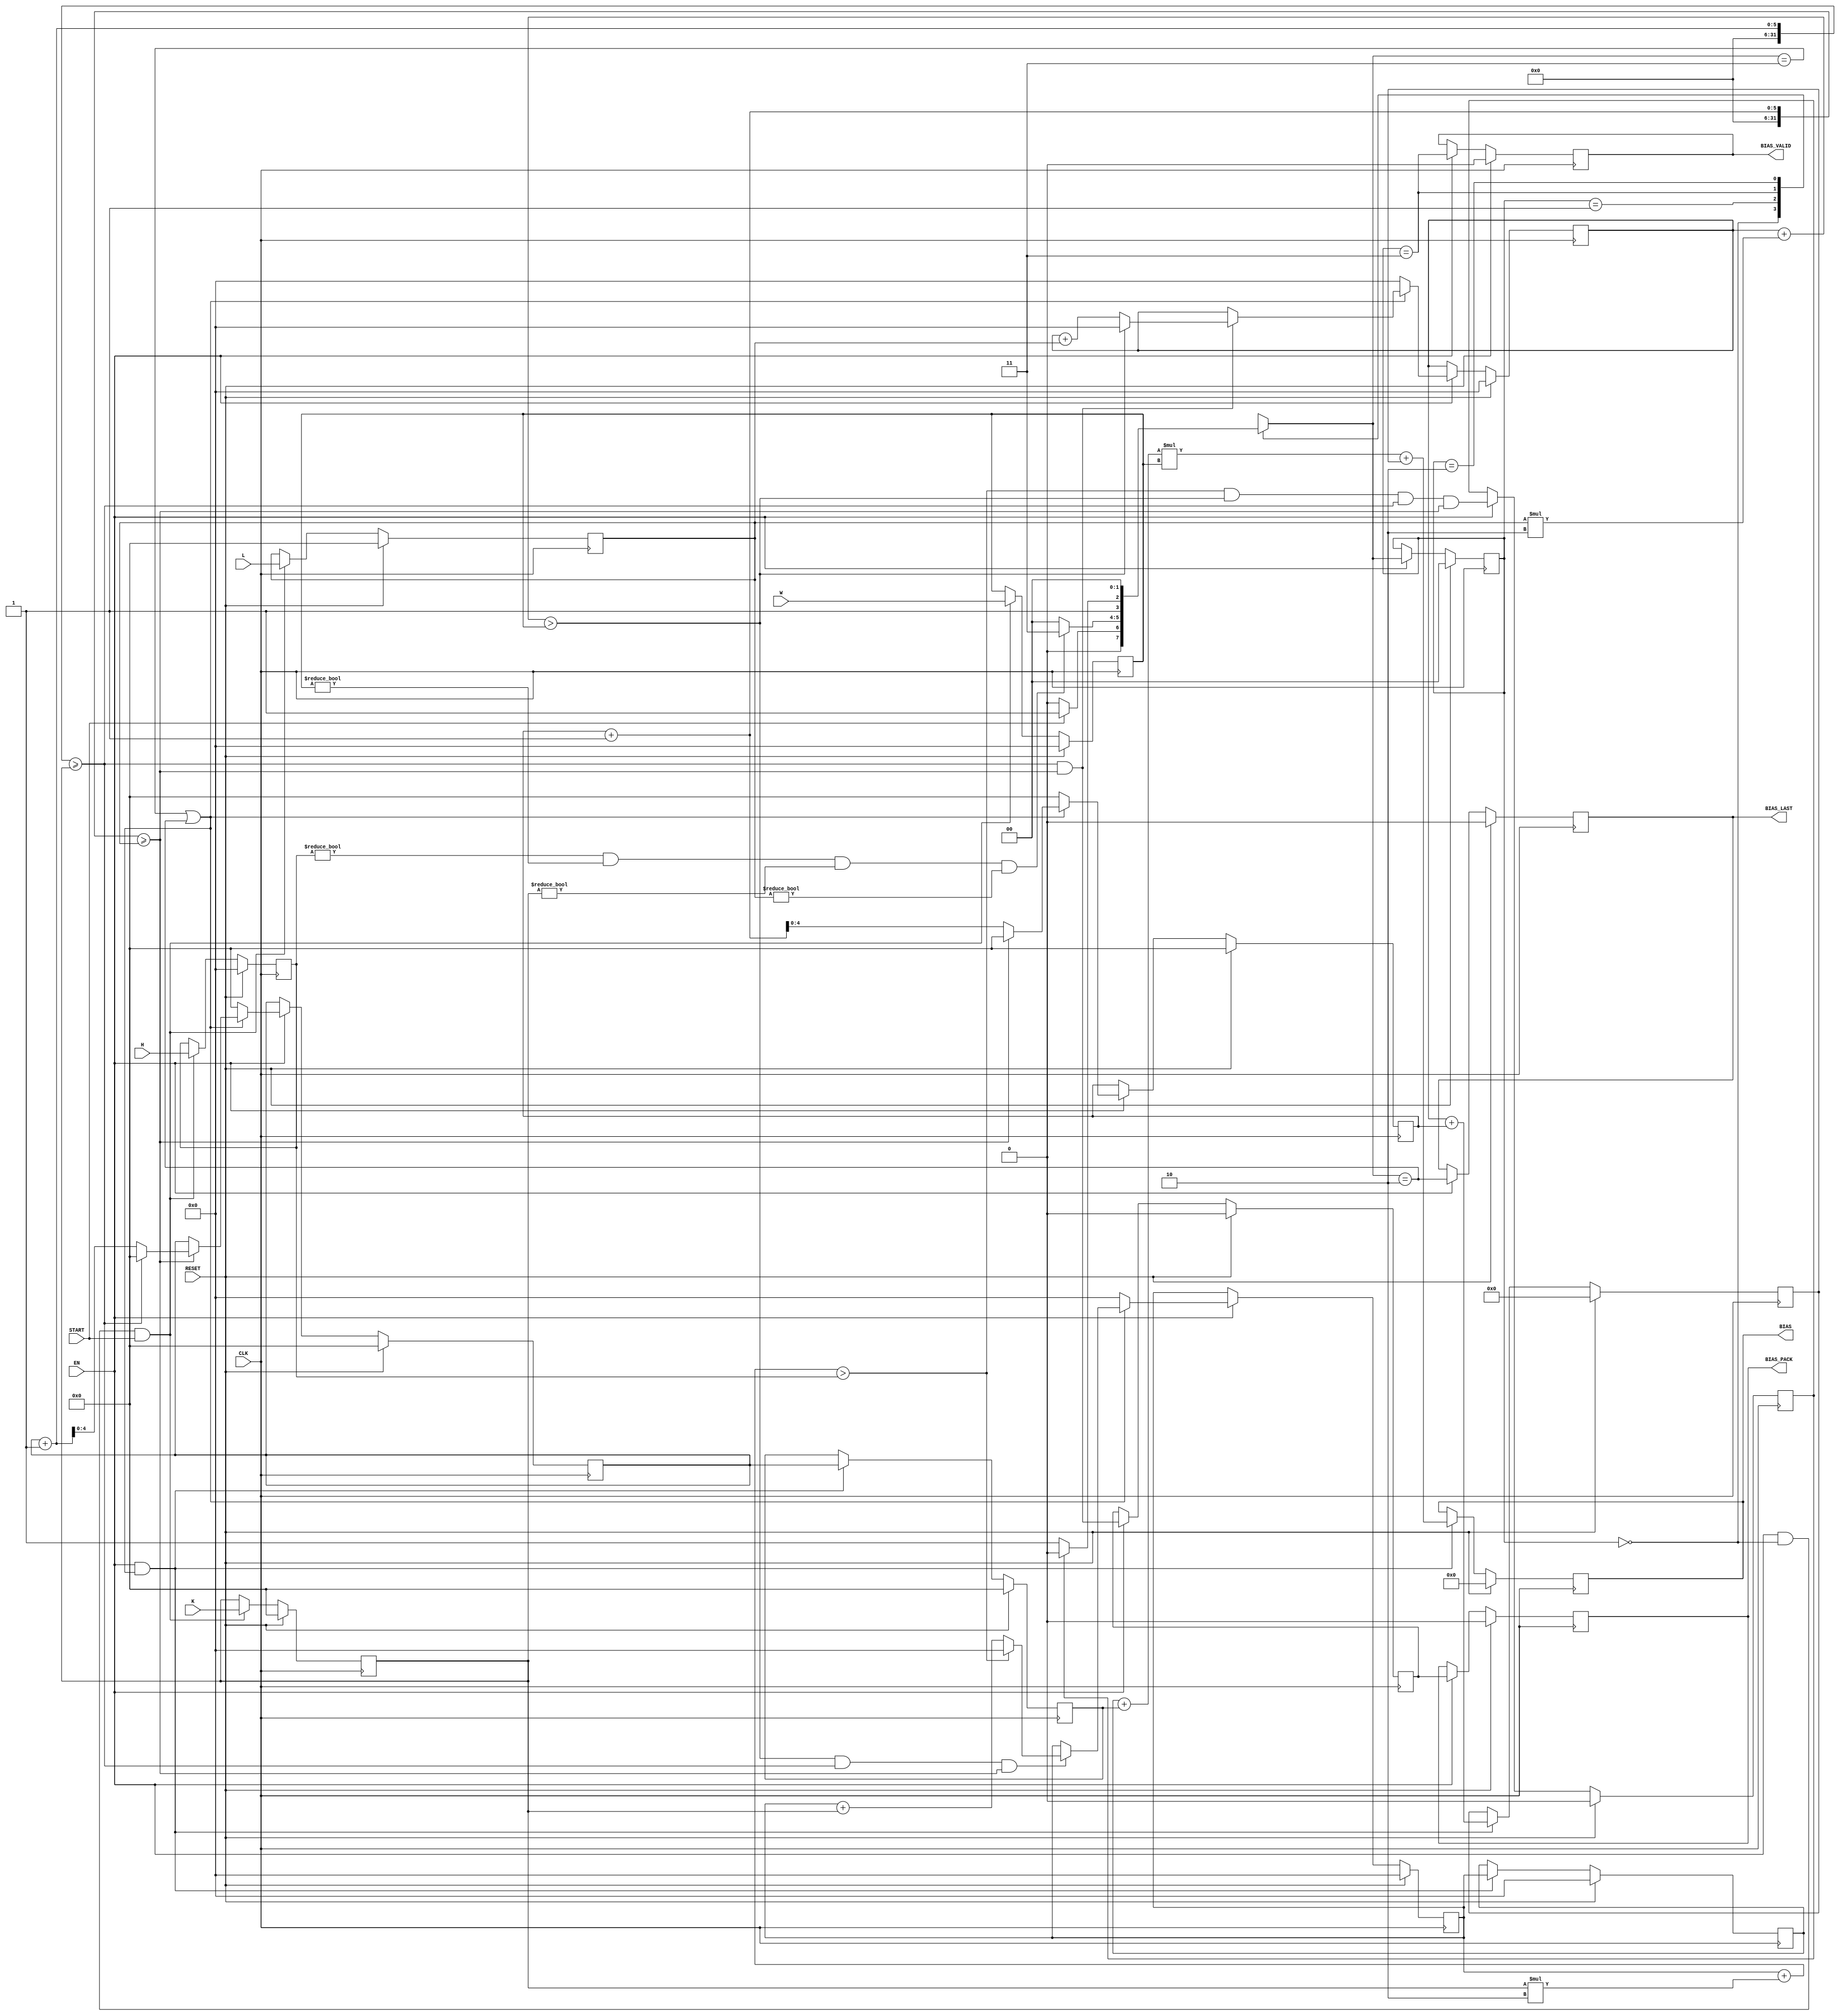
`timescale 1ns / 1ps
//////////////////////////////////////////////////////////////////////////////////
// Company: 
// Engineer: 
// 
// Design Name: 
// Module Name: AddrGenPool
// Project Name: 
// Target Devices: 
// Tool Versions: 
// Description: 
// 
// Dependencies: 
// 
// Revision:
// Revision 0.01 - File Created
// Additional Comments:
//   Assuming input feature maps are stored in 1d array in row-major order.
//////////////////////////////////////////////////////////////////////////////////


module AddrGenPool
  #(
    parameter ADDR_WIDTH = 12,
              HEIGHT_WIDTH = 7,
              KERSIZE_WIDTH = 5
  )
  (
    input                      CLK,
    input                      RESET,
    input                      EN,
    input  [HEIGHT_WIDTH-1:0]  H, // Height of input feature map
    input  [HEIGHT_WIDTH-1:0]  W, // Width of input feature map
    input  [KERSIZE_WIDTH-1:0] K, // Kernel height (pooling kernel)
    input  [KERSIZE_WIDTH-1:0] L, // Kernel width (pooling kernel)
    input                      START, // Start address generation
    output                     BIAS_VALID, // Vaild flag of BIAS and its other flags (esp. BIAS_PACK)
    output [ADDR_WIDTH-1:0]    BIAS,       // The bias address
    output                     BIAS_PACK,  // Flag of the last address of a pooling window
    output                     BIAS_LAST   // Flag of the last address
  );
  localparam [1:0]  IDLE = 2'b00,
                    LOAD = 2'b01,
                    GEN  = 2'b11,
                    LAST = 2'b10;

  reg  [HEIGHT_WIDTH-1:0]  ifmh, ifmw, h_counter, w_counter, h_d;
  reg  [KERSIZE_WIDTH-1:0] kerh, kerw, i_counter, j_counter, i_d;
  reg  [HEIGHT_WIDTH:0]    w_plus_j;
  reg  [1:0]               Sreg, Snext; // State register and next state logic
  // (* use_dsp = "yes" *)
  reg  [ADDR_WIDTH-1:0]    addr;        // The address
  
  wire [HEIGHT_WIDTH*2+1:0] addr_full; // full-width addr//???

  reg last, valid, window_last; // Register of flags
  reg all_wrap_d, ij_wrap; 
  
  // Wrap conditions for each counter
  wire h_wrap = ((h_counter + kerh*2) > ifmh); // Multiply 2 to avoid out-of-range
  wire w_wrap = ((w_counter + kerw*2) > ifmw);
  wire i_wrap = ((i_counter + 1) >= kerh);
  wire j_wrap = ((j_counter + 1) >= kerw);

  wire in_gen = ((Snext == GEN) || (Snext == LAST)); // In address generation process

  always @(posedge CLK) begin : cache_HWKL
    if (RESET == 1'b1) begin
      ifmh <= 0;
      ifmw <= 0;
      kerh <= 0;
      kerw <= 0;
    end
    else if (EN && (Sreg == IDLE) && START) begin
      ifmh <= H;
      ifmw <= W;
      kerh <= K;
      kerw <= L;
    end
  end

  always @(posedge CLK) begin : state_transition
    if (RESET == 1'b1) Sreg <= 0;
    else if (EN) Sreg <= Snext;
  end

  always @(posedge CLK) begin
    if (RESET == 1'b1) begin
      all_wrap_d <= 0;
    end
    else if (EN) begin
      all_wrap_d <= h_wrap && w_wrap && i_wrap && j_wrap;
    end
  end

  always @(*) begin : next_state_logic
    case (Sreg)
      IDLE: if (START) Snext = LOAD;
            else Snext = IDLE;
      LOAD: if ((ifmh != 0) && (ifmw != 0) && (kerh != 0) && (kerw != 0)) 
              Snext = GEN;
            else 
              Snext = IDLE;
      GEN : if (all_wrap_d) Snext = LAST;
            else Snext = GEN;
      LAST: Snext = IDLE;
      default: Snext = IDLE;
    endcase
  end


  always @(posedge CLK) begin : addr_gen_variables
    if (RESET == 1'b1) begin
      i_counter <= 0;
      j_counter <= 0;
      h_counter <= 0;
      w_counter <= 0;
    end
    else if (EN) begin
      if (in_gen) begin
        if (!j_wrap) 
          j_counter <= j_counter + 1;
        else 
          j_counter <= 0;
        
        if (j_wrap)
          if (!i_wrap) i_counter <= i_counter + 1;
          else i_counter <= 0;
        else
          i_counter <= i_counter;
        
        if (i_wrap && j_wrap)
          if (!w_wrap) w_counter <= w_counter + kerw;
          else w_counter <= 0;
        else
          w_counter <= w_counter;

        if (w_wrap && i_wrap && j_wrap)
          if (!h_wrap) h_counter <= h_counter + kerh;
          else h_counter <= 0;
        else
          h_counter <= h_counter;
      end
      else begin
        j_counter <= 0;
        i_counter <= 0;
        w_counter <= 0;
        h_counter <= 0;
      end
    end
  end

  always @(posedge CLK) begin : addr_generation
    if (RESET == 1'b1) begin
      addr <= 0;
      h_d <= 0;
      i_d <= 0;
      w_plus_j <= 0;
    end
    else if (EN && in_gen) begin
      h_d <= h_counter;
      i_d <= i_counter;
      w_plus_j <= w_counter + j_counter;
      addr <= (h_d + i_d) * ifmw + w_plus_j; // height is consistent during the process
    end
  end

  always @(posedge CLK) begin
    if (RESET == 1'b1) 
      last <= 0;
    else if (EN) 
      last <= (Snext == LAST);//all_wrap_d == 1
  end
  
  always @(posedge CLK) begin
    if (RESET == 1'b1) 
      valid <= 0;
    else if (EN) 
      valid <= (Sreg == GEN);
  end

  always @(posedge CLK) begin
    if (RESET == 1'b1) begin
      ij_wrap <= 0;
      window_last <= 0;
    end
    else if (EN) begin
      ij_wrap <= i_wrap && j_wrap;
      window_last <= ij_wrap;
    end
  end

  assign BIAS = addr;
  assign BIAS_LAST = last;
  assign BIAS_VALID = valid;
  assign BIAS_PACK = window_last;
endmodule